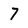
Character: 7